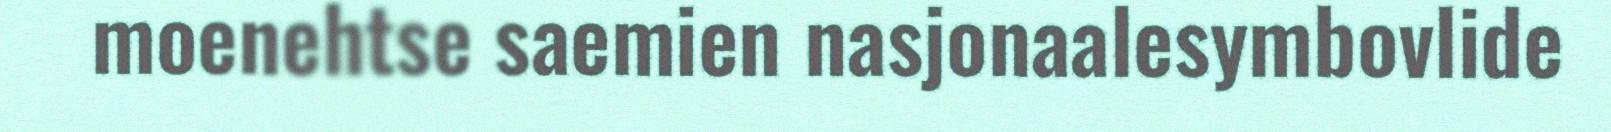
moenehtse saemien nasjonaalesymbovlide